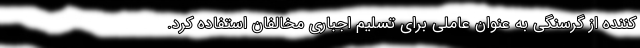
کننده از گرسنگی به عنوان عاملی برای تسلیم اجباری مخالفان استفاده کرد.